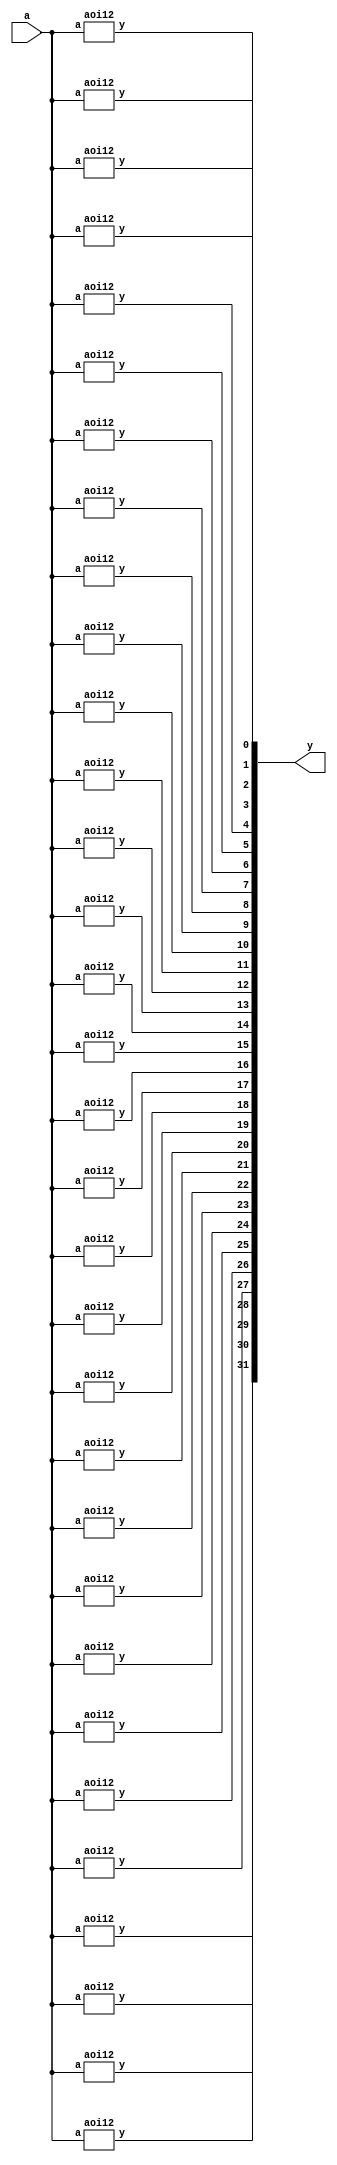
    module TOP(a, y);
      input a;
      output [31:0] y;

      aoi12 p [31:0] (a, y);
    endmodule

    module aoi12(a, y);
      input a;
      output y;
      assign y = ~a;
    endmodule